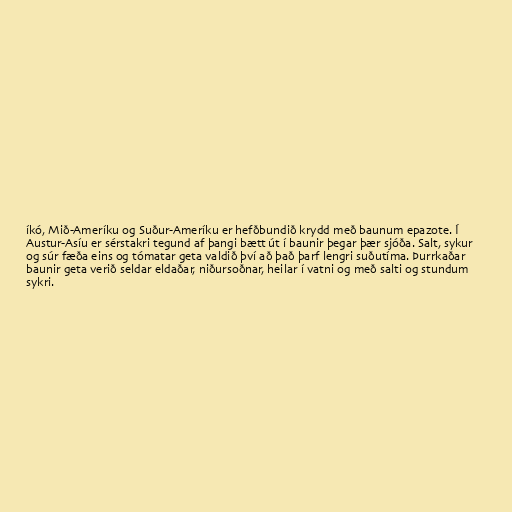
íkó, Mið-Ameríku og Suður-Ameríku er hefðbundið krydd með baunum epazote. Í
Austur-Asíu er sérstakri tegund af þangi bætt út í baunir þegar þær sjóða. Salt, sykur
og súr fæða eins og tómatar geta valdið því að það þarf lengri suðutíma. Þurrkaðar
baunir geta verið seldar eldaðar, niðursoðnar, heilar í vatni og með salti og stundum
sykri.